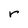
Character: r